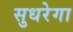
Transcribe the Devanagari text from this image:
सुधरेगा